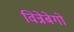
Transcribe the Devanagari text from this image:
विन्नेबेगो